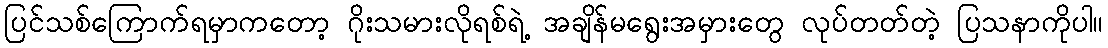
ပြင်သစ်ကြောက်ရမှာကတော့ ဂိုးသမားလိုရစ်ရဲ့ အချိန်မရွေးအမှားတွေ လုပ်တတ်တဲ့ ပြသနာကိုပါ။